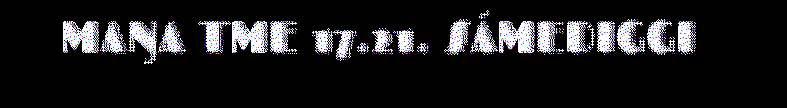
MAŊA TME 17.21. SÁMEDIGGI